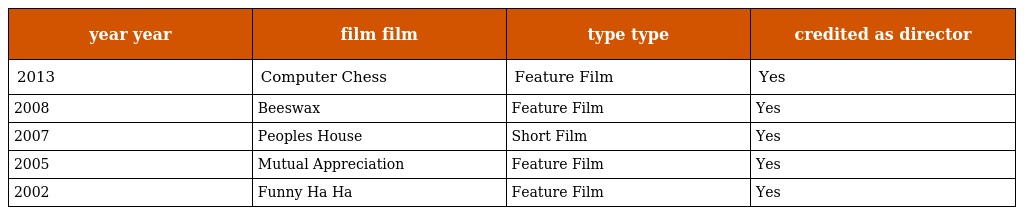
| year year | film film | type type | credited as director |
 | --- | --- | --- | --- |
 | 2013 | Computer Chess | Feature Film | Yes |
 | 2008 | Beeswax | Feature Film | Yes |
 | 2007 | Peoples House | Short Film | Yes |
 | 2005 | Mutual Appreciation | Feature Film | Yes |
 | 2002 | Funny Ha Ha | Feature Film | Yes |